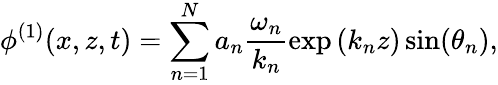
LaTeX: \phi^{(1)}(x,z,t)=\sum_{n=1}^{N}a_{n}\frac{\omega_{n}}{k_{n}}\exp\left(k_{n}z\right)\sin(\theta_{n}),